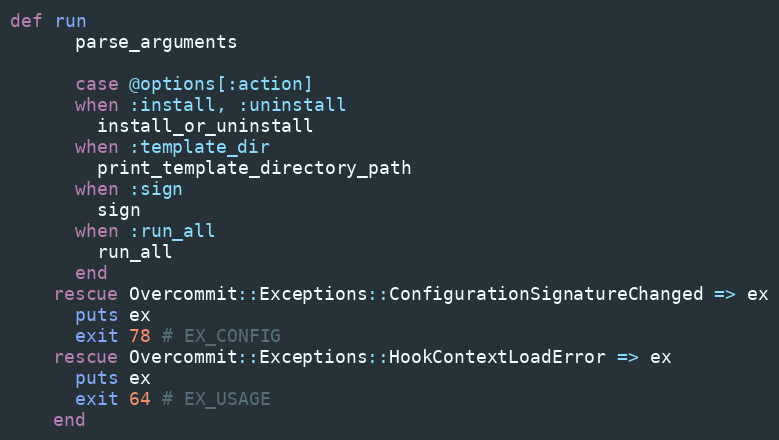
Language: Ruby
def run
      parse_arguments

      case @options[:action]
      when :install, :uninstall
        install_or_uninstall
      when :template_dir
        print_template_directory_path
      when :sign
        sign
      when :run_all
        run_all
      end
    rescue Overcommit::Exceptions::ConfigurationSignatureChanged => ex
      puts ex
      exit 78 # EX_CONFIG
    rescue Overcommit::Exceptions::HookContextLoadError => ex
      puts ex
      exit 64 # EX_USAGE
    end